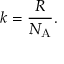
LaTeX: k = { \frac { R } { N _ { \mathrm { A } } } } .